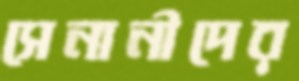
সেনানীদের